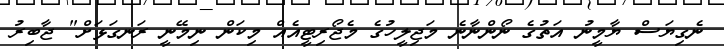
ނެގިޔަސް ޔާމީނު އަތުގެ ނޯންނާނެ މަޖިލީހުގެ މެޖޯރިޓީއެއް މިކަން ނިމޭނީ ރަނގަޅަށް" ޖާބިރު